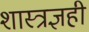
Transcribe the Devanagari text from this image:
शास्त्रज्ञही